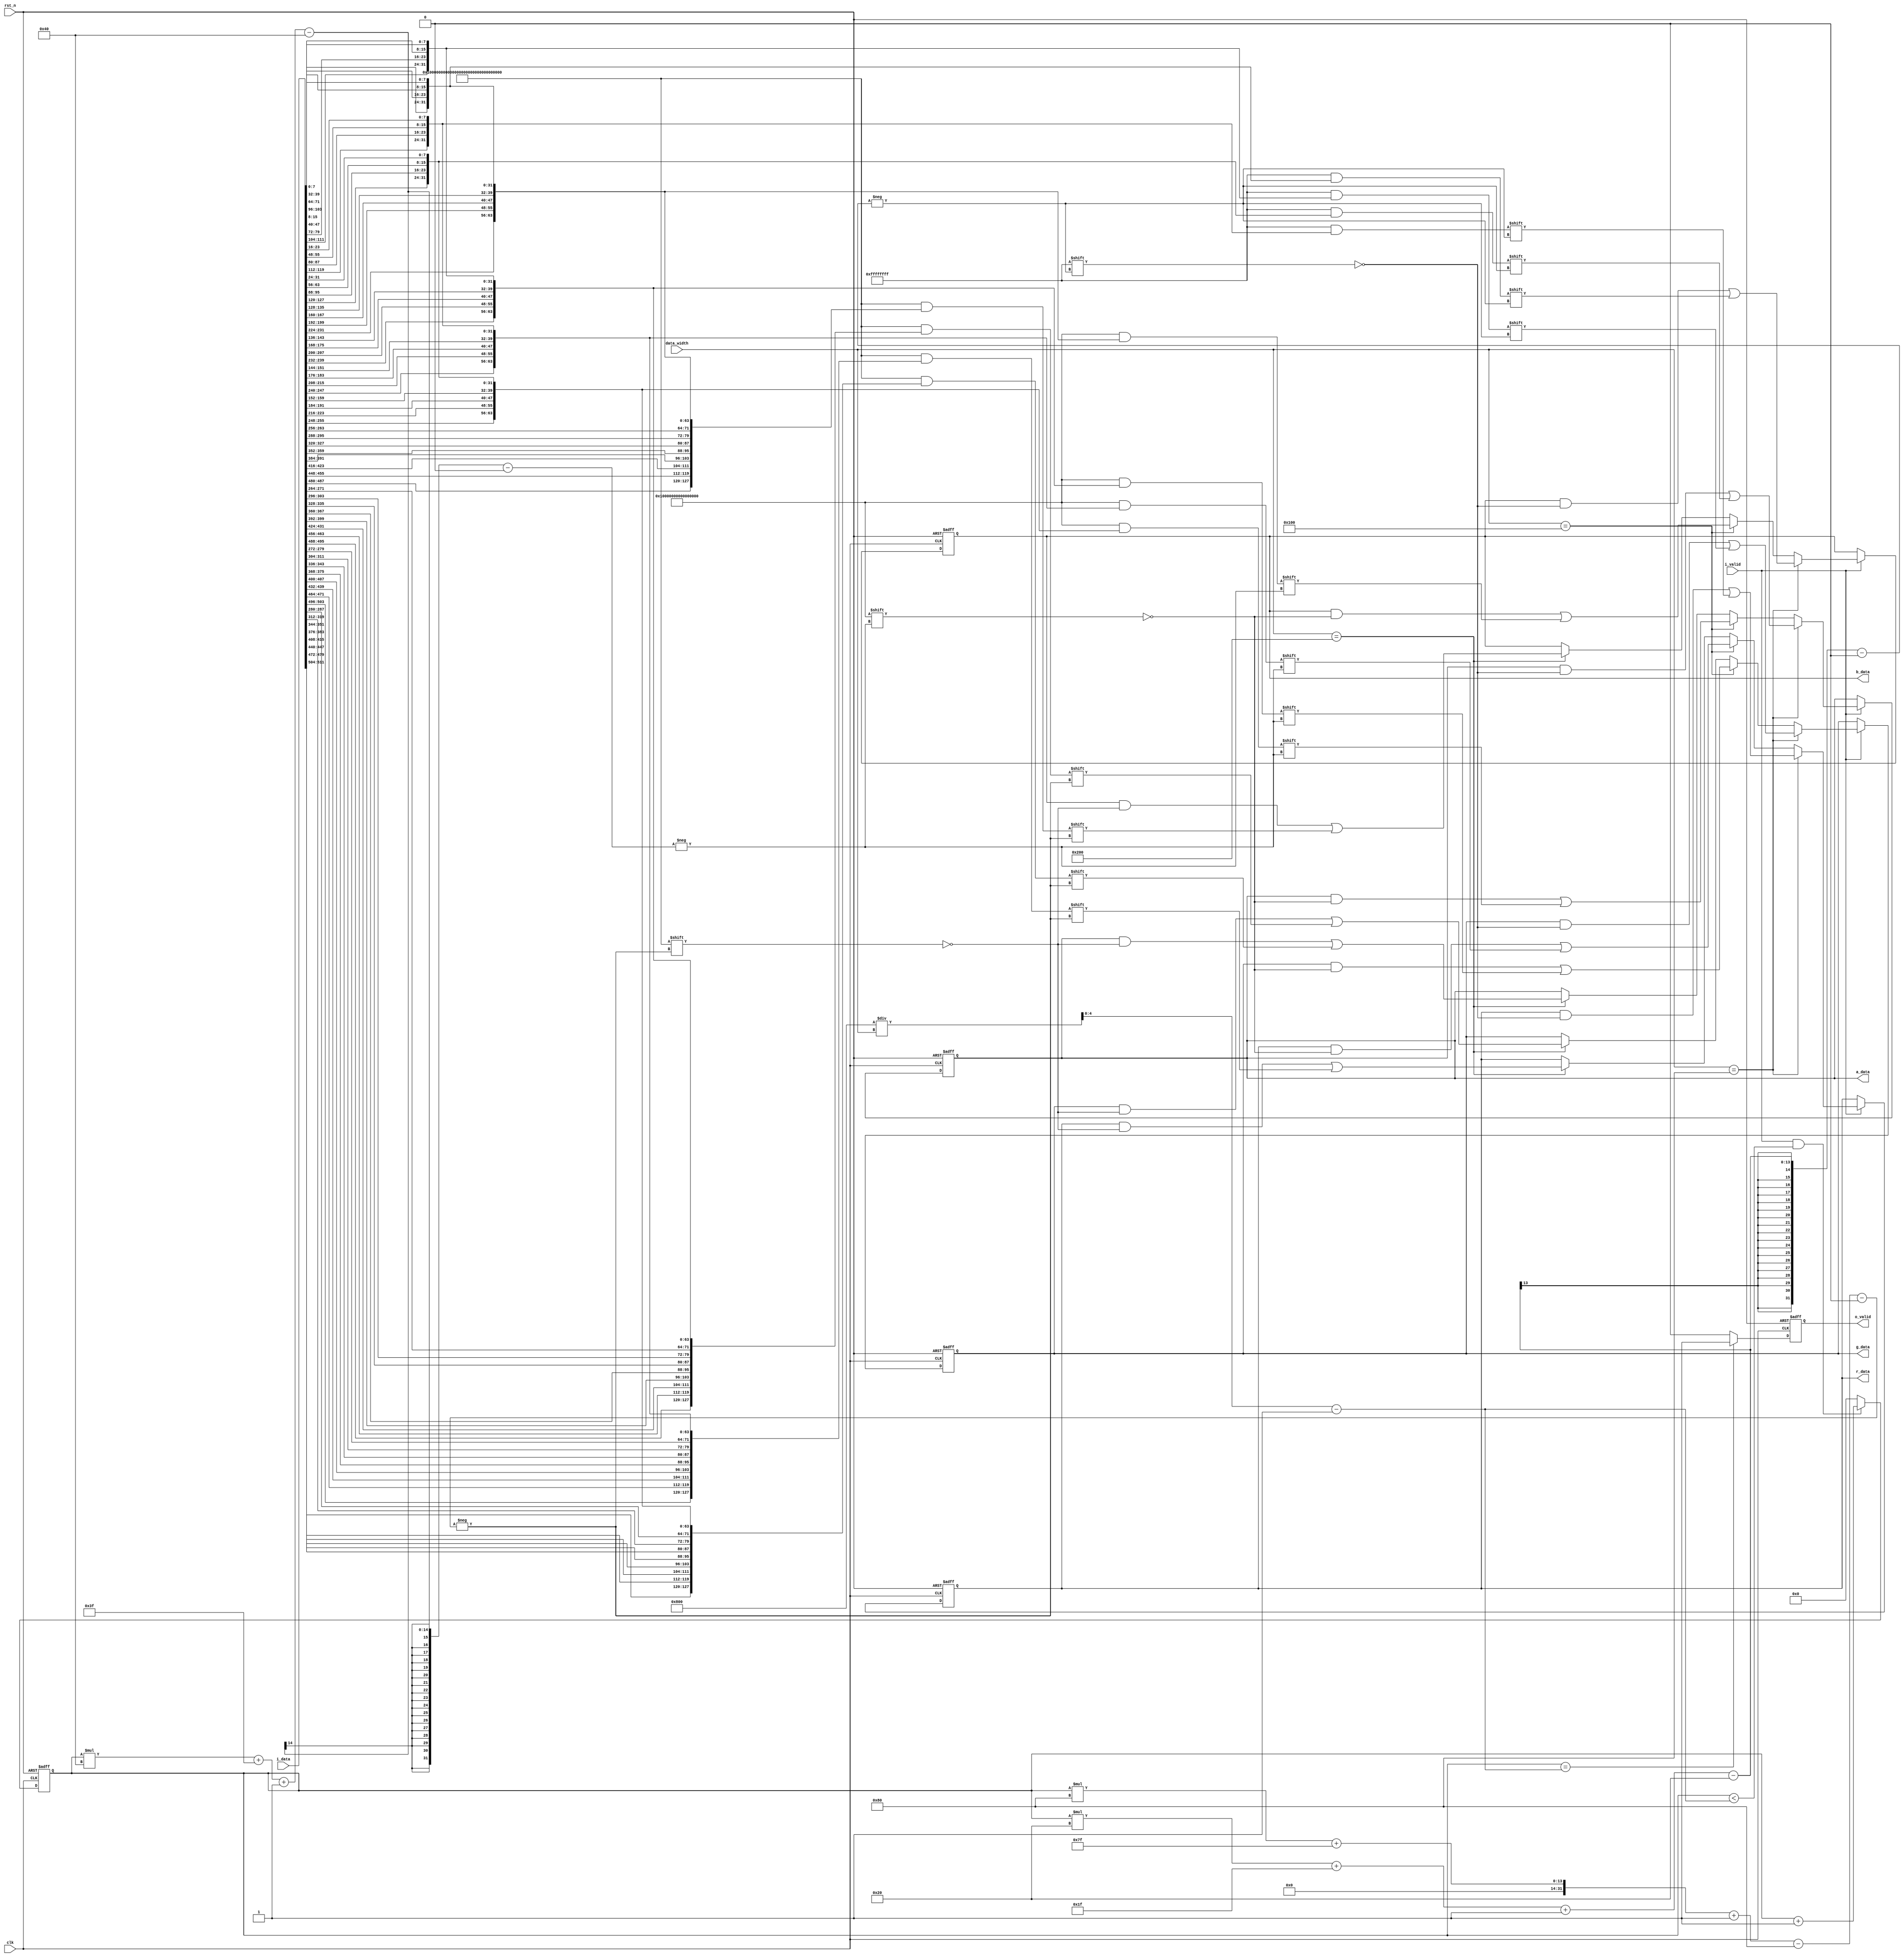
`timescale 1ns / 1ps
//////////////////////////////////////////////////////////////////////////////////
// Company: 
// Engineer: 
// 
// Design Name: 
// Module Name: compress_receive_data
// Project Name: 
// Target Devices: 
// Tool Versions: 
// Description: 
// 
// Dependencies: 
// 
// Revision:
// Revision 0.01 - File Created
// Additional Comments:
// 
//////////////////////////////////////////////////////////////////////////////////


module compress_receive_data#
(	parameter TILE_SIZE = 4'd8
)
(
	input wire					clk,
	input wire					rst_n,
	
	input wire	[32 - 1 : 0]	data_width,
	// i_data_valid == 1 for 8 cycles
	input wire					i_valid,
	input wire	[512 - 1 : 0]	i_data,
	
	output reg	[8*TILE_SIZE*TILE_SIZE - 1 : 0]	b_data,
	output reg	[8*TILE_SIZE*TILE_SIZE - 1 : 0]	g_data,
	output reg	[8*TILE_SIZE*TILE_SIZE - 1 : 0]	r_data,
	output reg	[8*TILE_SIZE*TILE_SIZE - 1 : 0]	a_data,
	output reg					o_valid
    );

	/*reg [512 - 1 : 0] b_data;
	reg [512 - 1 : 0] g_data;
	reg [512 - 1 : 0] r_data;
	reg [512 - 1 : 0] a_data;*/

	reg [4 : 0] cnt;
	reg [4 : 0] cnt_up;

	always @(*)
	begin
		cnt_up <= (8*TILE_SIZE*TILE_SIZE*4)/data_width - 1;
	end

	always @(negedge rst_n or posedge clk)
	begin
		if(!rst_n)
		begin
			cnt <= 5'b0;
		end
		else
		begin
			/*if(i_valid && cnt == 3'b0)
			begin
				cnt <= 5'd1;
			end
			else*/ 
			if(i_valid && cnt < cnt_up)
			begin
				cnt <= cnt + 1;
			end
			else if(cnt == cnt_up)
			begin
				cnt <= 5'd0;
			end
			else 
			begin
				cnt <= 5'd0;
			end
		end
	end

	always @(negedge rst_n or posedge clk)
	begin
		if(!rst_n)
		begin
			o_valid <= 1'b0;
		end
		else
		begin
			if(cnt == cnt_up)
			begin
				o_valid <= 1'b1;
			end
			else 
			begin
				o_valid <= 1'b0;
			end
		end
	end

	always @(negedge rst_n or posedge clk)
	begin
		if(!rst_n)
		begin
			b_data <= 512'b0;
			g_data <= 512'b0;
			r_data <= 512'b0;
			a_data <= 512'b0;
		end
		else if(i_valid)
		begin
			//if(cnt > 5'd0)
			//begin
				if(data_width == 128)
				begin
					b_data[cnt*32 + 31 -: 32] <= {i_data[103 : 96],i_data[71 : 64],i_data[39 : 32],i_data[7 : 0]};
					g_data[cnt*32 + 31 -: 32] <= {i_data[111 : 104],i_data[79 : 72],i_data[47 : 40],i_data[15 : 8]};
					r_data[cnt*32 + 31 -: 32] <= {i_data[119 : 112],i_data[87 : 80],i_data[55 : 48],i_data[23 : 16]};
					a_data[cnt*32 + 31 -: 32] <= {i_data[127 : 120],i_data[95 : 88],i_data[63 : 56],i_data[31 : 24]};
				end
				else if(data_width == 256)
				begin
					b_data[cnt*64 + 63 -: 64] <= {i_data[231 : 224],i_data[199 : 192],i_data[167 : 160],i_data[135 : 128],i_data[103 : 96],i_data[71 : 64],i_data[39 : 32],i_data[7 : 0]};
					g_data[cnt*64 + 63 -: 64] <= {i_data[239 : 232],i_data[207 : 200],i_data[175 : 168],i_data[143 : 136],i_data[111 : 104],i_data[79 : 72],i_data[47 : 40],i_data[15 : 8]};
					r_data[cnt*64 + 63 -: 64] <= {i_data[247 : 240],i_data[215 : 208],i_data[183 : 176],i_data[151 : 144],i_data[119 : 112],i_data[87 : 80],i_data[55 : 48],i_data[23 : 16]};
					a_data[cnt*64 + 63 -: 64] <= {i_data[255 : 248],i_data[223 : 216],i_data[191 : 184],i_data[159 : 152],i_data[127 : 120],i_data[95 : 88],i_data[63 : 56],i_data[31 : 24]};
				end
				else if(data_width == 512)
				begin
					b_data[cnt*128 + 127 -: 128] <= {i_data[487 : 480],i_data[455 : 448],i_data[423 : 416],i_data[391 : 384],i_data[359 : 352],i_data[327 : 320],i_data[295 : 288],i_data[263 : 256],i_data[231 : 224],i_data[199 : 192],i_data[167 : 160],i_data[135 : 128],i_data[103 : 96],i_data[71 : 64],i_data[39 : 32],i_data[7 : 0]};
					g_data[cnt*128 + 127 -: 128] <= {i_data[495 : 488],i_data[463 : 456],i_data[431 : 424],i_data[399 : 392],i_data[367 : 360],i_data[335 : 328],i_data[303 : 296],i_data[271 : 264],i_data[239 : 232],i_data[207 : 200],i_data[175 : 168],i_data[143 : 136],i_data[111 : 104],i_data[79 : 72],i_data[47 : 40],i_data[15 : 8]};
					r_data[cnt*128 + 127 -: 128] <= {i_data[503 : 496],i_data[471 : 464],i_data[439 : 432],i_data[407 : 400],i_data[375 : 368],i_data[343 : 336],i_data[311 : 304],i_data[279 : 272],i_data[247 : 240],i_data[215 : 208],i_data[183 : 176],i_data[151 : 144],i_data[119 : 112],i_data[87 : 80],i_data[55 : 48],i_data[23 : 16]};
					a_data[cnt*128 + 127 -: 128] <= {i_data[511 : 504],i_data[479 : 472],i_data[447 : 440],i_data[415 : 408],i_data[383 : 376],i_data[351 : 344],i_data[319 : 312],i_data[287 : 280],i_data[255 : 248],i_data[223 : 216],i_data[191 : 184],i_data[159 : 152],i_data[127 : 120],i_data[95 : 88],i_data[63 : 56],i_data[31 : 24]};
				end
				else 
				begin
					
				end
			//end
			//else 
			//begin
			
			//end
		end
	end


reg [7 : 0] dis_b_data[63 : 0];
reg [7 : 0] dis_g_data[63 : 0];
reg [7 : 0] dis_r_data[63 : 0];
reg [7 : 0] dis_a_data[63 : 0];
reg [7 : 0] dis_i_data[63 : 0];
integer i;
always @(*)
begin
    for(i = 0; i <= 63; i = i + 1)
    begin
        dis_b_data[i] <= b_data[i*8 + 7 -: 8];
        dis_g_data[i] <= g_data[i*8 + 7 -: 8];
        dis_r_data[i] <= r_data[i*8 + 7 -: 8];
        dis_a_data[i] <= a_data[i*8 + 7 -: 8];
        dis_i_data[i] <= i_data[i*8 + 7 -: 8];
    end
end
endmodule